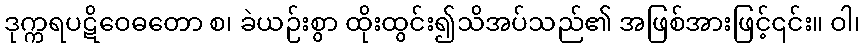
ဒုက္ကရပဋိဝေဓတော စ၊ ခဲယဉ်းစွာ ထိုးထွင်း၍သိအပ်သည်၏ အဖြစ်အားဖြင့်၎င်း။ ဝါ၊